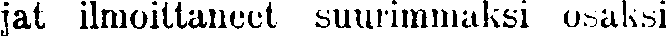
jat ilmoittaneet suurimmaksi osaksi